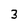
Character: 3